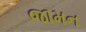
જામન